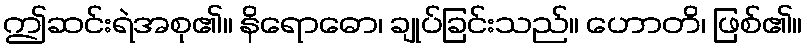
ဤဆင်းရဲအစု၏။ နိရောဓော၊ ချုပ်ခြင်းသည်။ ဟောတိ၊ ဖြစ်၏။